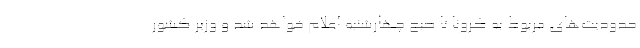
حدودیت‌های مربوط به کرونا تا صبح چهارشنبه اعلام خواهد شد و وزیر کشور